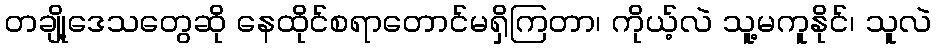
တချို့ဒေသတွေဆို နေထိုင်စရာတောင်မရှိကြတာ၊ ကိုယ့်လဲ သူ့မကူနိုင်၊ သူလဲ